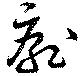
厭